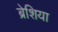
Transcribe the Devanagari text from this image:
ब्रेशिया